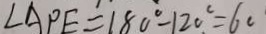
\angle A P E = 1 8 0 ^ { \circ } - 1 2 0 ^ { \circ } = 6 0 ^ { \circ }